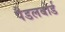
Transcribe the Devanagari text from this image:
पैडलबोर्ड